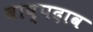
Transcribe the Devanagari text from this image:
वाष्पदाव